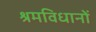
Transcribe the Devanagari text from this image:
श्रमविधानों